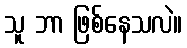
သူ ဘာ ဖြစ်နေသလဲ။